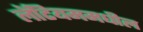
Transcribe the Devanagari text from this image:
लॅटियममधील